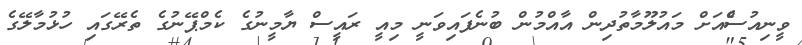
ވީނިއުސްެއަށް މައުލޫމާތުދިން އާއްމުން ބުނެފައިވަނީ މިއީ ރައީސް ޔާމީނުގެ ކެމްޕޭނުގެ ތެރޭގައި ހުޅުމާލޭގެ